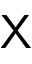
\mathsf X